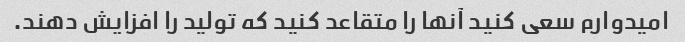
امیدوارم سعی کنید آنها را متقاعد کنید که تولید را افزایش دهند.